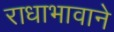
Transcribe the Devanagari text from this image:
राधाभावाने